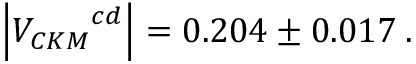
\left| { V _ { C K M } } ^ { c d } \right| = 0 . 2 0 4 \pm 0 . 0 1 7 \: .